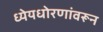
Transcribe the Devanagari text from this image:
ध्येयधोरणांवरून